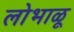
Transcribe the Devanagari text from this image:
लोभाळू